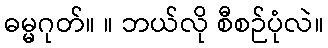
ဓမ္မဂုတ်။ ။ ဘယ်လို စီစဉ်ပုံလဲ။